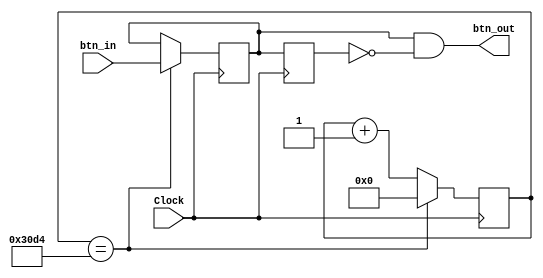
module Debouncer(
    input wire 	Clock,
    input wire  btn_in,
    output wire btn_out
    );

    parameter numTicks = 12500;

    reg step;
    reg stepPrev;
    reg [$clog2(numTicks)-1:0] counter;

    assign btn_out = step && !stepPrev;

    initial begin
        step = 0;
        stepPrev = 0;
        counter = 0;
    end

    always @ (posedge Clock) begin
        if (counter == numTicks) begin
            counter <= 0;
            step <= btn_in;
        end else begin
            counter <= counter + 1'b1;
        end
        stepPrev <= step;
    end
endmodule